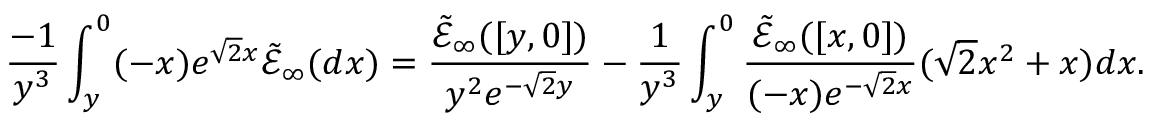
\frac { - 1 } { y ^ { 3 } } \int _ { y } ^ { 0 } ( - x ) e ^ { \sqrt { 2 } x } \tilde { \mathcal { E } } _ { \infty } ( d x ) = \frac { \tilde { \mathcal { E } } _ { \infty } ( [ y , 0 ] ) } { y ^ { 2 } e ^ { - \sqrt { 2 } y } } - \frac { 1 } { y ^ { 3 } } \int _ { y } ^ { 0 } \frac { \tilde { \mathcal { E } } _ { \infty } ( [ x , 0 ] ) } { ( - x ) e ^ { - \sqrt { 2 } x } } ( \sqrt { 2 } x ^ { 2 } + x ) d x .